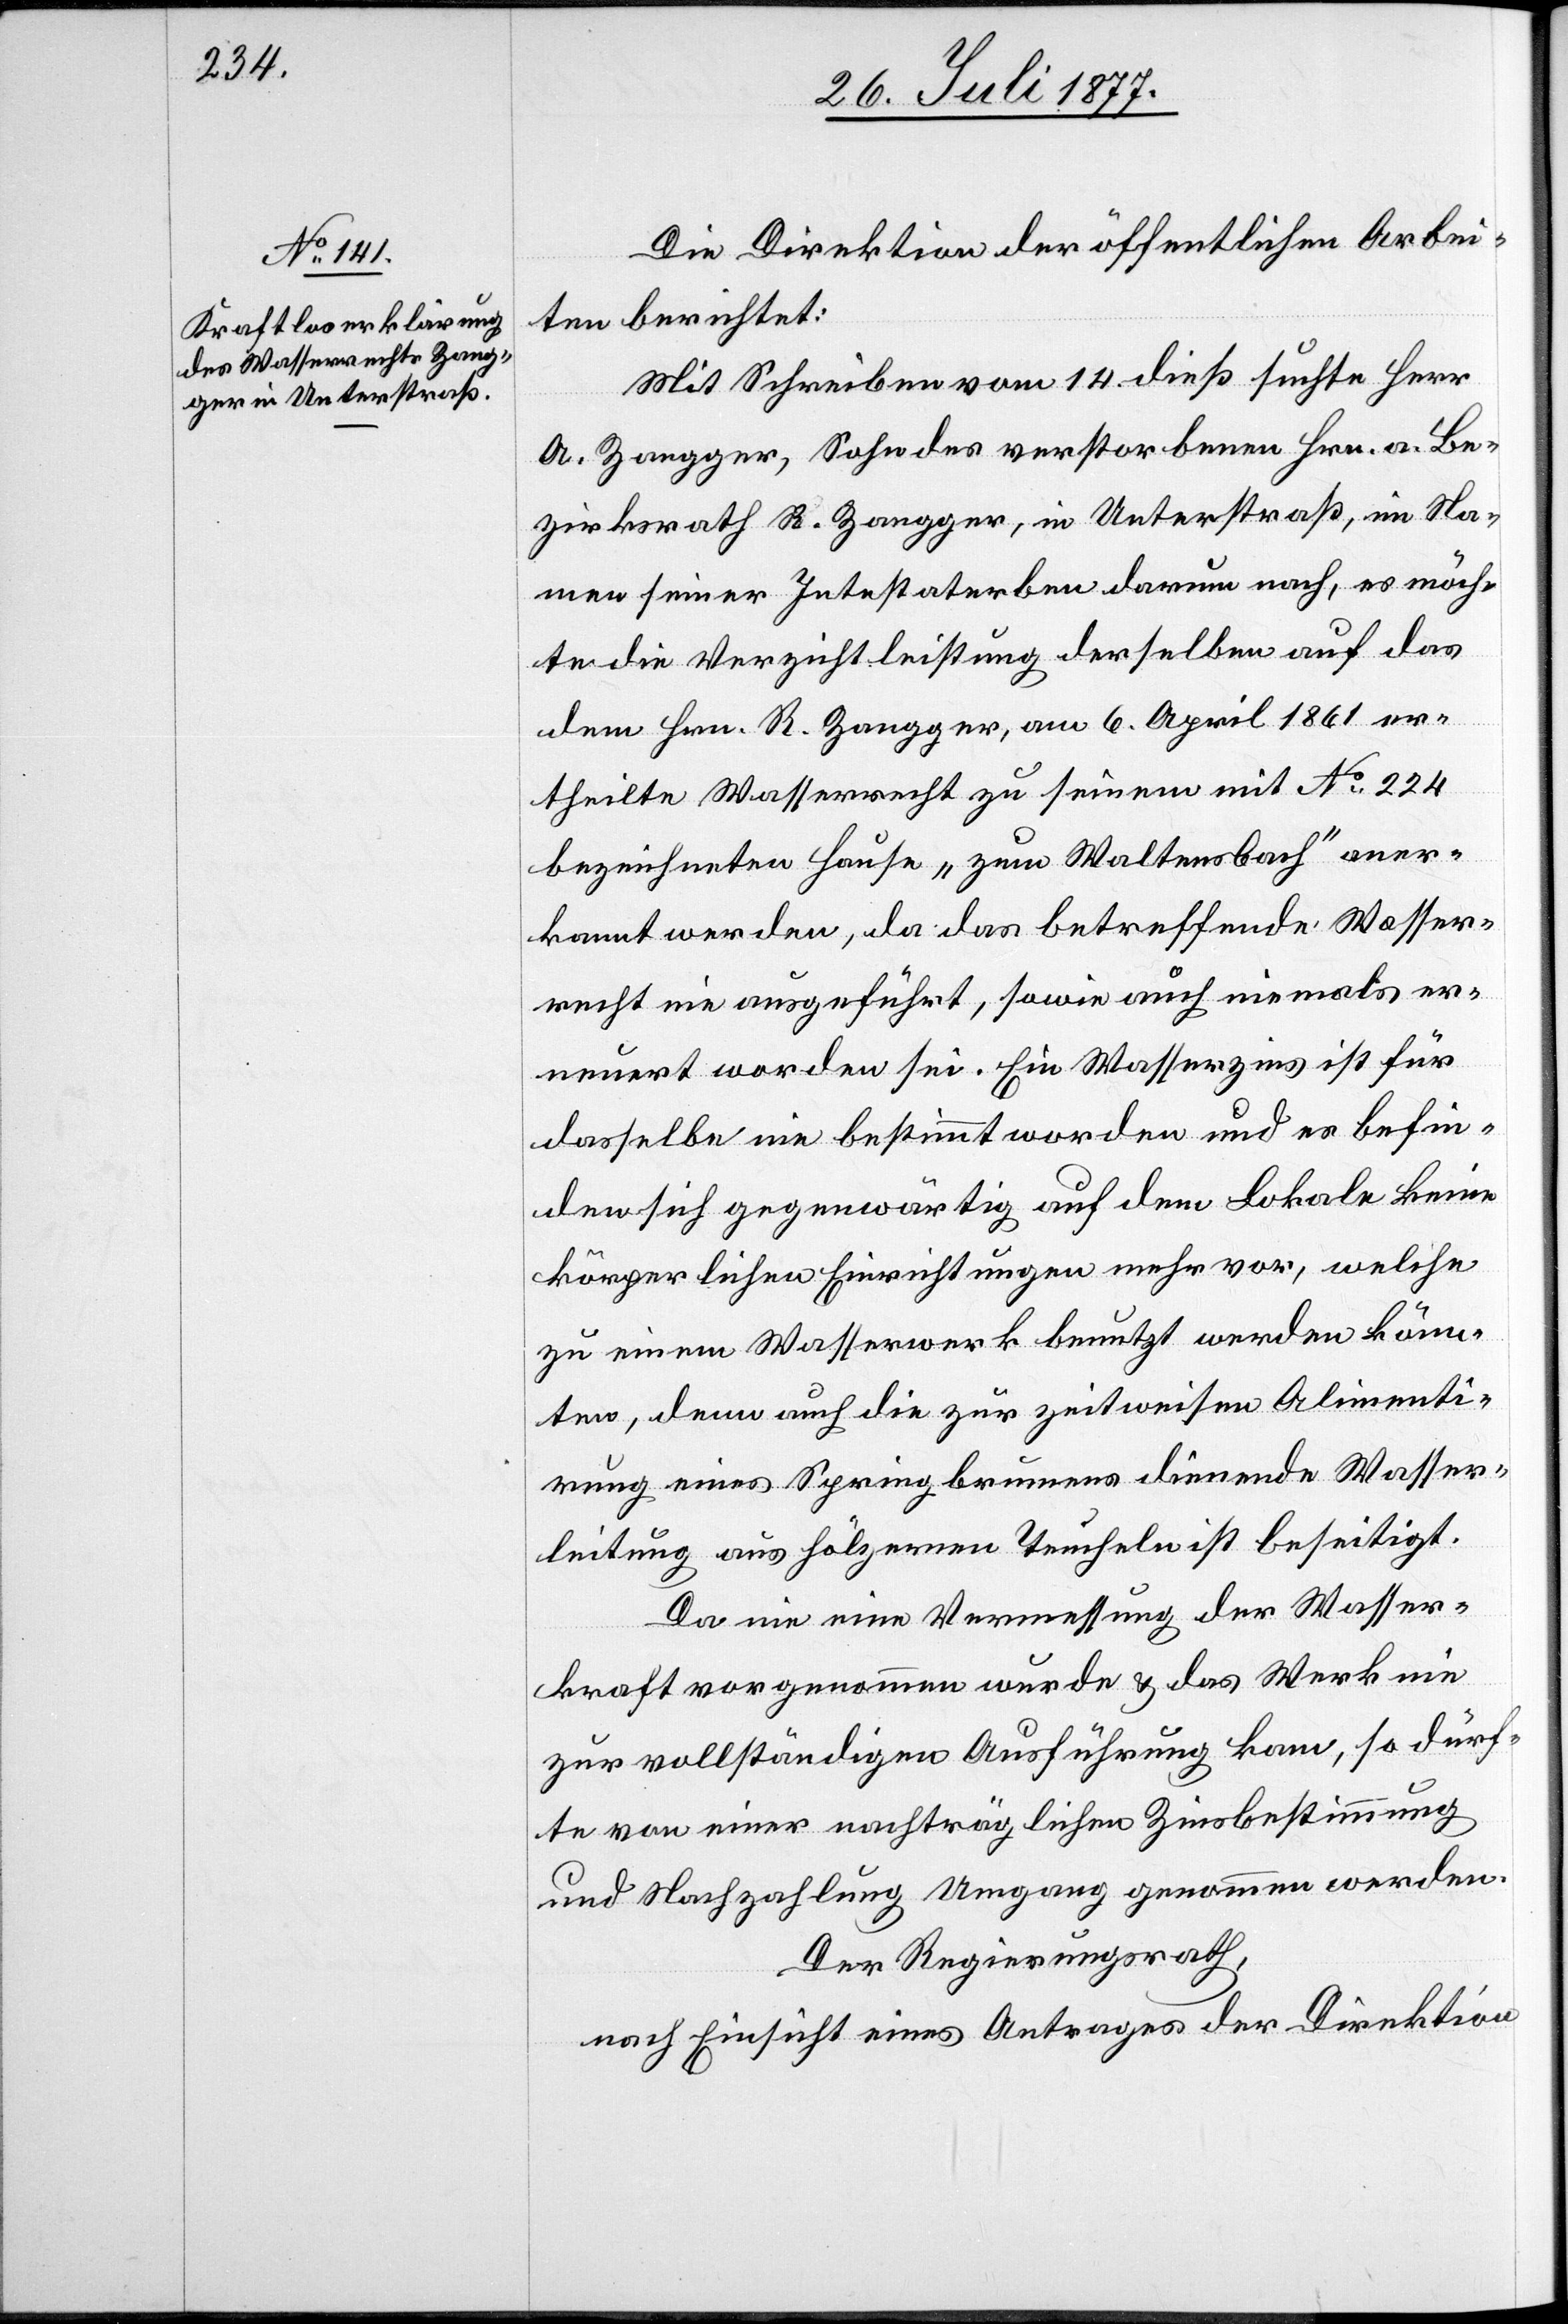
Die Direktion der öffentlichen Arbei¬
ten berichtet:
Mit Schreiben vom 14. dieß suchte Herr
A. Zangger, Sohn des verstorbenen Hrn. a. Be¬
zirksrath R. Zangger, in Unterstraß, im Na¬
men seiner Intestaterben darum nach, es möch¬
te die Verzichtleistung derselben auf das
dem Hrn. R. Zangger, am 6. April 1861 er¬
theilte Wasserrecht zu seinem mit No 224
bezeichneten Hause „zum Waltensbach“ aner¬
kannt werden, da das betreffende Wasser¬
recht nie ausgeführt, sowie auch niemals er¬
neuert worden sei. Ein Wasserzins ist für
dasselbe nie bestimmt worden und es befin¬
den sich gegenwärtig auf dem Lokale keine
körperlichen Einrichtungen mehr vor, welche
zu einem Wasserwerk benutzt werden könn¬
ten, denn auch die zur zeitweisen Alimenti¬
rung eines Springbrunnens dienende Wasser¬
leitung aus hölzernen Teucheln ist beseitigt.
Da nie eine Vermessung der Wasser¬
kraft vorgenommen wurde & das Werk nie
zur vollständigen Ausführung kam, so dürf¬
te von einer nachträglichen Zinsbestimmung
und Nachzahlung Umgang genommen werden.
Der Regierungsrath,
nach Einsicht eines Antrages der Direktion